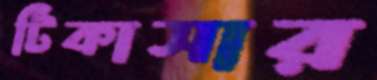
টিকাসার